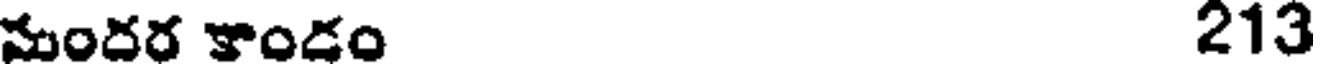
మందర కాండం 213